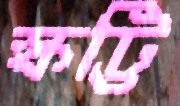
স্কট্টি